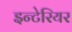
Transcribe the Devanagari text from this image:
इन्टेरियर